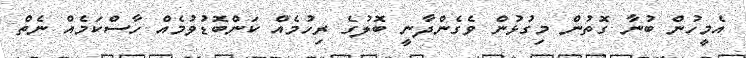
އެމީހުން ބުނާ ގޮތުން މިގުޅުން ވެގެންދާނީ ބޮލުގެ ރިހުމެއް ކަންބޮޑުވުމެއް ހާސްކަމެއް ނެތް